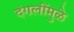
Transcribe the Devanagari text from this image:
दंगलींमुळे